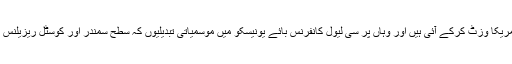
حال ہی میں افشین امریکا وزٹ کرکے آئی ہیں اور وہاں پر سی لیول کانفرنس بائے یونیسکو میں موسمیاتی تبدیلیوں کہ سطح سمندر اور کوسٹل ریزیلنس پلانز پر مقالہ پڑھا ۔